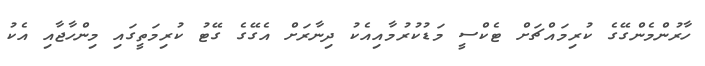
ހާރުންމެންގޭގެ ކުރިމައްޗަށް ޓެކްސީ މަޑުކުރުމާއިއެކު ދިނާރަށް އެގޭގެ ގޭޓު ކުރިމަތީގައި މިންހާޖާއި އެކު